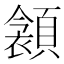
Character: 𩔝